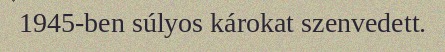
1945-ben súlyos károkat szenvedett.